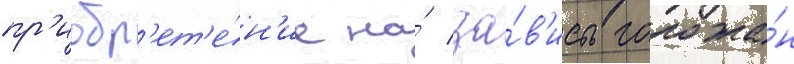
пр'иобр'ет'е́н'ие на́ за́в'исть горожа́н